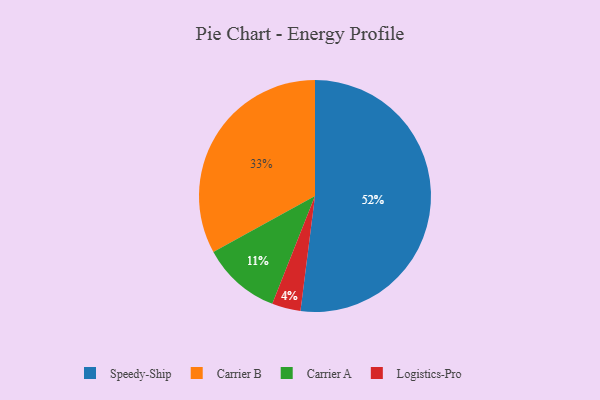
{"axis": {"x": "Category", "y": "Percentage"}, "legend": ["Carrier A", "Carrier B", "Logistics-Pro", "Speedy-Ship"], "data": [{"x": "Carrier A", "y": 11, "type": "Carrier A"}, {"x": "Logistics-Pro", "y": 4, "type": "Logistics-Pro"}, {"x": "Carrier B", "y": 33, "type": "Carrier B"}, {"x": "Speedy-Ship", "y": 52, "type": "Speedy-Ship"}]}